Source: Handwritten
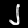
Digit: ၂ (2)